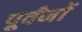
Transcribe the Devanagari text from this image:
पूर्वंजों